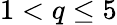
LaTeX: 1<q\leq 5